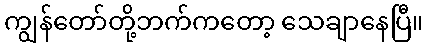
ကျွန်တော်တို့ဘက်ကတော့ သေချာနေပြီ။